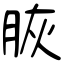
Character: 脄